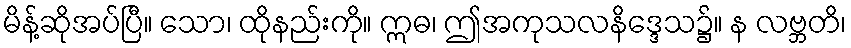
မိန့်ဆိုအပ်ပြီ။ သော၊ ထိုနည်းကို။ ဣဓ၊ ဤအကုသလနိဒ္ဒေသ၌။ န လဗ္ဘတိ၊